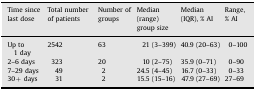
| Time since last dose | Total number of patients | Number of groups | Median (range) group size | Median (IQR), % AI | Range, % AI |
 | --- | --- | --- | --- | --- | --- |
 | Up to 1 day | 2542 | 63 | 21 (3–399) | 40.9 (20–63) | 0–100 |
 | 2–6 days | 323 | 20 | 10 (2–75) | 35.9 (0–71) | 0–90 |
 | 7–29 days | 49 | 2 | 24.5 (4–45) | 16.7 (0–33) | 0–33 |
 | 30+ days | 31 | 2 | 15.5 (15–16) | 47.9 (27–69) | 27–69 |